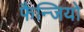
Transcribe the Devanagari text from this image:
फैन्जियो